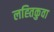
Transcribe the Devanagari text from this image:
लह्तिकुवा